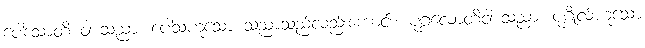
ပေါသောတိ ဝါ သညာ၊ ပေါသဟူသော သညာသည်လည်းကောင်း။ ပုဂ္ဂလောတိဝါ သညာ၊ ပုဂ္ဂိုလ်ဟူသော